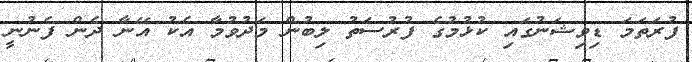
ފުރަތަމަ ޑިވިޝަނުގައި ކުޅުމުގެ ފުރުސަތު ލިބުން މަދުވުމާ އެކު އޭނާ ދެން ފެނުނީ